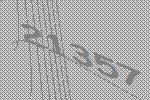
21357